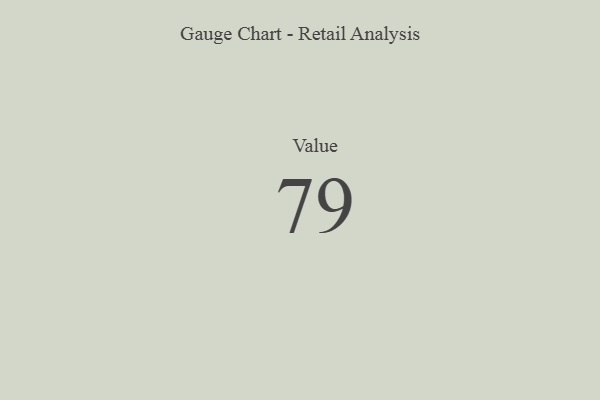
{"axis": {"x": "Metric", "y": "Value"}, "legend": [""], "data": [{"x": "Value", "y": 79, "type": ""}]}